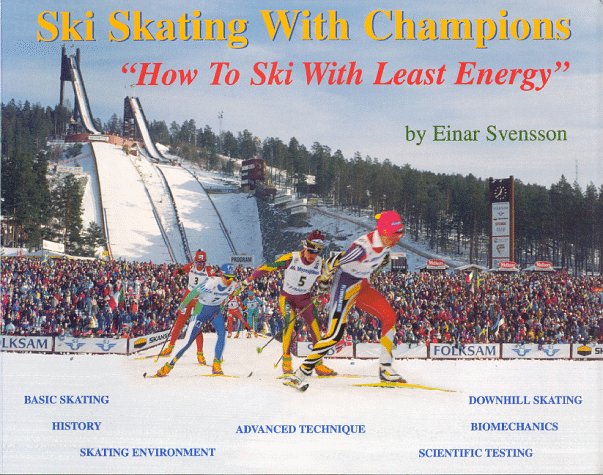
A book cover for Ski Skating With Champions: How to Ski With Least Energy; Einar Svensson; Sports & Outdoors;